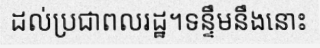
ដល់ប្រជាពលរដ្ឋ។ទន្ទឹមនឹងនោះ